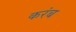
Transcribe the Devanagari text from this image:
करंब